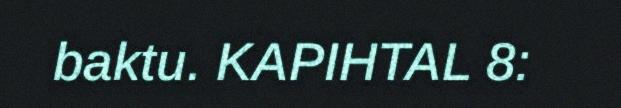
baktu. KAPIHTAL 8: